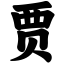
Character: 贾